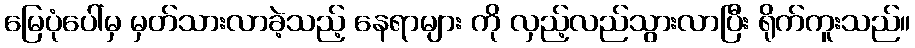
မြေပုံပေါ်မှ မှတ်သားလာခဲ့သည့် နေရာများ ကို လှည့်လည်သွားလာပြီး ရိုက်ကူးသည်။